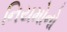
નિયમોનો